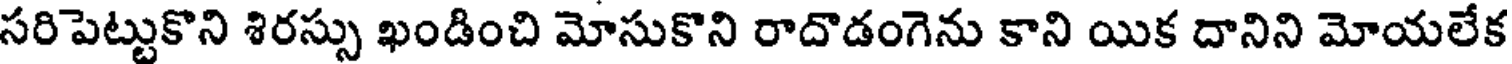
సరిపెట్టుకొని శిరస్సు ఖండించి మోసుకొని రాదొడంగెను కాని యిక దానిని మోయలేక